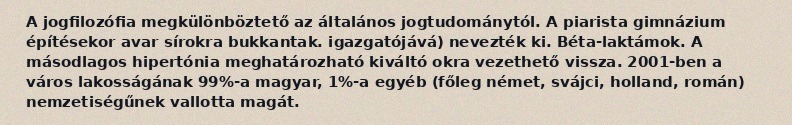
A jogfilozófia megkülönböztető az általános jogtudománytól. A piarista gimnázium építésekor avar sírokra bukkantak. igazgatójává) nevezték ki. Béta-laktámok. A másodlagos hipertónia meghatározható kiváltó okra vezethető vissza. 2001-ben a város lakosságának 99%-a magyar, 1%-a egyéb (főleg német, svájci, holland, román) nemzetiségűnek vallotta magát.